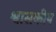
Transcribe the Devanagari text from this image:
श्वासकीय